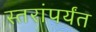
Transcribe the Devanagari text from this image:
स्तरांपर्यंत